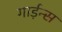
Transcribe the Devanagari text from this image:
गार्ड़न्स